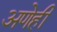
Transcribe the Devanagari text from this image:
अणेही